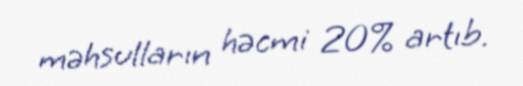
məhsulların həcmi 20% artıb.